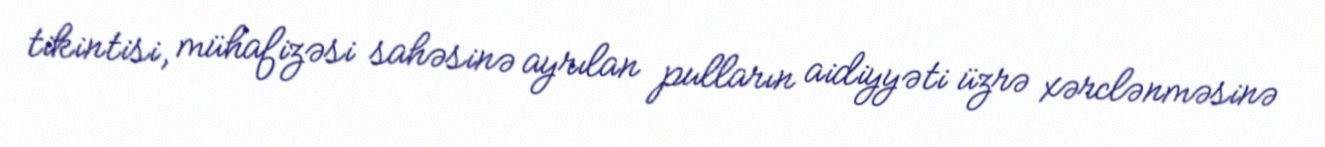
tikintisi, mühafizəsi sahəsinə ayrılan pulların aidiyyəti üzrə xərclənməsinə